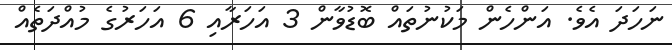
ނަހަދަ އެވެ. އަންހެން މަކުނުތައް ބޮޑުވާން 3 އަހަރާއި 6 އަހަރުގެ މުއްދަތެއް